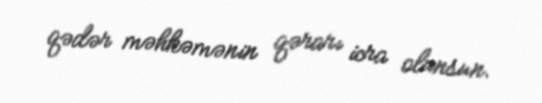
qədər məhkəmənin qərarı icra olunsun.